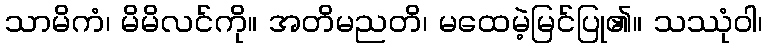
သာမိကံ၊ မိမိလင်ကို။ အတိမညတိ၊ မထေမဲ့မြင်ပြု၏။ သဿုံဝါ၊